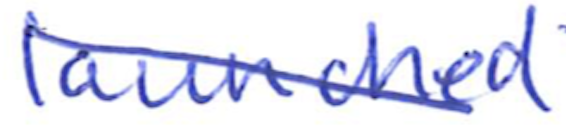
Text: launched
Cross-out: mix
Writing tool: ballpoint